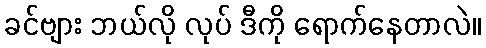
ခင်ဗျား ဘယ်လို လုပ် ဒီကို ရောက်နေတာလဲ။